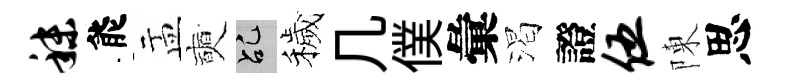
秣能盂奭乩穢几僕彙渴證伍陳思